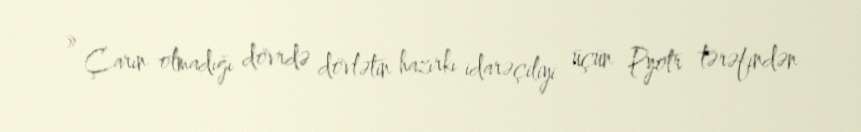
» Çarın olmadığı dövrdə dövlətin hazırkı idarəçiliyi üçün Pyotr tərəfindən